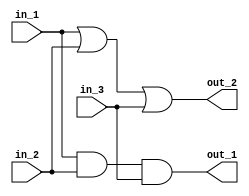
////////

module simple_in_n_out (
    // Inputs
    in_1,
    in_2,
    in_3,
    // Outputs
    out_1,
    out_2
    );

    // Port definition

    input in_1;
    input in_2;
    input in_3;

    output out_1;
    output out_2;

    // Design implementation
    assign out_1 = in_1 & in_2 & in_3;
    assign out_2 = in_1 | in_2 | in_3;
    
endmodule

module intermediate_sig (
    // Inputs
    in_1,
    in_2,
    in_3,
    // Outputs
    out_1,
    out_2
    );

    // Port definitions
    input in_1;
    input in_2;
    input in_3;

    output out_1;
    output out_2;

    // Defino una seal intermedia
    wire intermediate_sig;

    // Design implementation

    assign intermediate_sig = in_1 & in_2;

    assign out_1 = intermediate_sig & in_3;
    assign out_2 = intermediate_sig | in_3;
    
endmodule